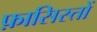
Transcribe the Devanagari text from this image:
फ़ासिस्तों